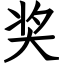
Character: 奖